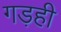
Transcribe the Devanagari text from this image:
गड़ही